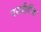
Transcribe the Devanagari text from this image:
परजीवींचा